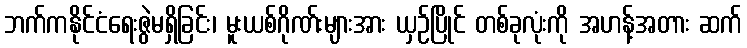
ဘက်ကနိုင်ငံရေးဇွဲမရှိခြင်း၊ မူးယစ်ဂိုဏ်းများအား ယှဉ်ပြိုင် တစ်ခုလုံးကို အဟန့်အတား ဆက်